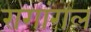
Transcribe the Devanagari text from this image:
रागांगल